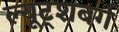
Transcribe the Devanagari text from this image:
ल्यूट्शबर्ग